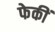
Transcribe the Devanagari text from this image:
फेकीं